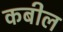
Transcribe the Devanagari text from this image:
कबील